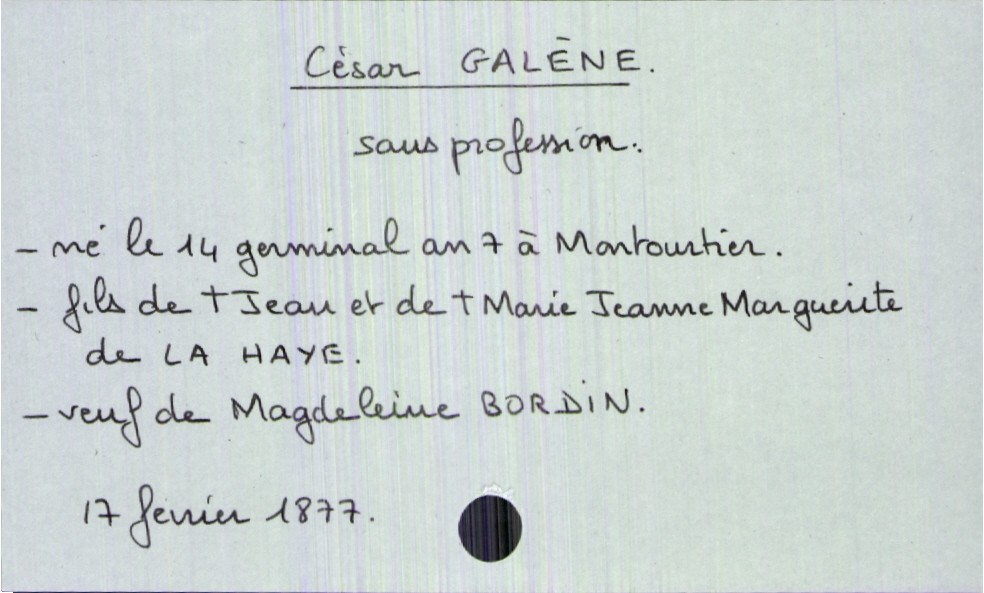
type_acte: Décès
année: 1877
mois: fevrier
jour: 17
défunt_nom: Galène
défunt_prénom: César
défunt_sexe: H
défunt_profession: sans profession
défunt_date_de_naissance: 14 germinal an 7
défunt_lieu_de_naissance: Marmoutier
défunt_statut: veuf(ve)
père_défunt_nom: Galène
père_défunt_prénom: Jean
père_défunt_statut: décédé
mère_défunt_nom: de La Haye
mère_défunt_prénom: Marie Jeanne Marguerite